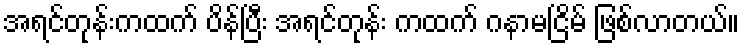
အရင်တုန်းကထက် ပိန်ပြီး အရင်တုန်း ကထက် ဂနာမငြိမ် ဖြစ်လာတယ်။